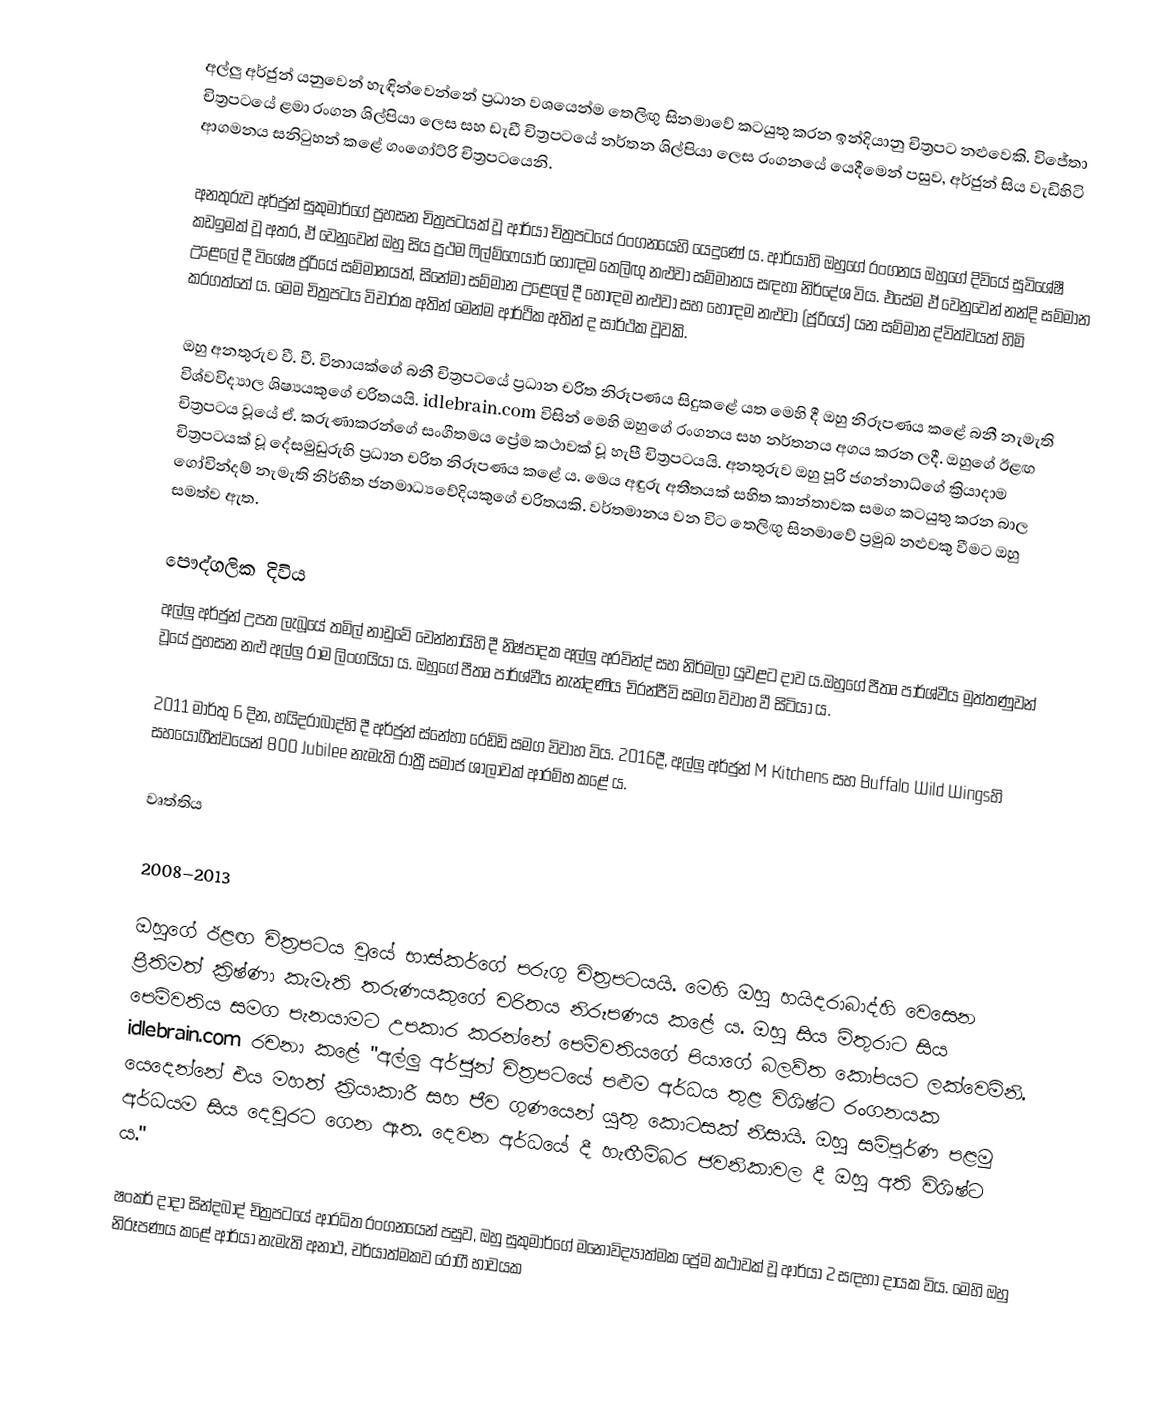
අල්ලු අර්ජුන් යනුවෙන් හැඳින්වෙන්නේ ප්‍රධාන වශයෙන්ම තෙලිඟු සිනමාවේ කටයුතු කරන ඉන්දියානු චිත්‍රපට නළුවෙකි. විජේතා චිත්‍රපටයේ ළමා රංගන ශිල්පියා ලෙස සහ ඩැඩී චිත්‍රපටයේ නර්තන ශිල්පියා ලෙස රංගනයේ යෙදීමෙන් පසුව, අර්ජුන් සිය වැඩිහිටි ආගමනය සනිටුහන් කළේ ගංගෝට්රි චිත්‍රපටයෙනි.

අනතුරුව අර්ජුන් සුකුමාර්ගේ ප්‍රහසන චිත්‍රපටයක් වූ ආර්යා චිත්‍රපටයේ රංගනයෙහි යෙදුණේ ය. ආර්යාහි ඔහුගේ රංගනය ඔහුගේ දිවියේ සුවිශේෂී කඩඉමක් වූ අතර, ඒ වෙනුවෙන් ඔහු සිය ප්‍රථම ෆිල්ම්ෆෙයාර් හොඳම තෙලිඟු නළුවා සම්මානය සඳහා නිර්දේශ විය. එසේම ඒ වෙනුවෙන් නන්දි සම්මාන උළෙලේ දී විශේෂ ජූරියේ සම්මානයත්, සිනේමා සම්මාන උළෙලේ දී හොඳම නළුවා සහ හොඳම නළුවා (ජූරියේ) යන සම්මාන ද්විත්වයත් හිමි කරගත්තේ ය. මෙම චිත්‍රපටය විචාරක අතින් මෙන්ම ආර්ථික අතින් ද සාර්ථක වූවකි.

ඔහු අනතුරුව වී. වී. විනායක්ගේ බනී චිත්‍රපටයේ ප්‍රධාන චරිත නිරූපණය සිදුකළේ යත මෙහි දී ඔහු නිරූපණය කළේ බනී නැමැති විශ්වවිද්‍යාල ශිෂ්‍යයකුගේ චරිතයයි. idlebrain.com විසින් මෙහි ඔහුගේ රංගනය සහ නර්තනය අගය කරන ලදී. ඔහුගේ ඊළඟ චිත්‍රපටය වූයේ ඒ. කරුණාකරන්ගේ සංගීතමය ප්‍රේම කථාවක් වූ හැපී චිත්‍රපටයයි. අනතුරුව ඔහු‍ පූරි ජගන්නාධ්ගේ ක්‍රියාදාම චිත්‍රපටයක් වූ දේසමුඩුරුහි ප්‍රධාන චරිත නිරූපණය කළේ ය. මෙය අඳුරු අතීතයක් සහිත කාන්තාවක සමග කටයුතු කරන බාල ගෝවින්දම් නැමැති නිර්භීත ජනමාධ්‍යවේදියකුගේ චරිතයකි. වර්තමානය වන විට තෙලිඟු සිනමාවේ ප්‍රමුඛ නළුවකු වීමට ඔහු සමත්ව ඇත.

පෞද්ගලික දිවිය
අල්ලු අර්ජුන් උපත ලැබූයේ තමිල් නාඩුවේ චෙන්නායිහි දී නිෂ්පාදක අල්ලු අරවින්ද් සහ නිර්මලා යුවළට දාව ය.ඔහුගේ පීතෘ පාර්ශ්වීය මුත්තණුවන් වූයේ ප්‍රහසන නළු අල්ලු රාම ලිංගයියා ය. ඔහුගේ පීතෘ පාර්ශ්වීය නැන්දණිය චිරන්ජීවි සමග විවාහ වී සිටියා ය.

2011 මාර්තු 6 දින, හයිදරාබාද්හි දී අර්ජුන් ස්නේහා රෙඩ්ඩි සමග විවාහ විය. 2016දී, අල්ලු අර්ජුන් M Kitchens සහ Buffalo Wild Wingsහි සහයෝගීත්වයෙන් 800 Jubilee නැමැති රාත්‍රී සමාජ ශාලාවක් ආරම්භ කළේ ය.

වෘත්තිය

2008–2013

ඔහුගේ ඊළඟ චිත්‍රපටය වූයේ භාස්කර්ගේ පරුගු චිත්‍රපටයයි. මෙහි ඔහු හයිදරාබාද්හි වෙසෙන ප්‍රීතිමත් ක්‍රිෂ්ණා කැමැති තරුණයකුගේ චරිතය නිරූපණය කළේ ය. ඔහු සිය මිතුරාට සිය පෙම්වතිය සමග පැනයාමට උපකාර කරන්නේ පෙම්වතියගේ පියාගේ බලව්ත කෝපයට ලක්වෙමිනි. idlebrain.com රචනා කළේ "අල්ලු අර්ජුන් චිත්‍රපටයේ පළුම අර්ධය තුළ විශිෂ්ට රංගනයක යෙදෙන්නේ එය මහත් ක්‍රියාකාරී සහ ජීව ගුණයෙන් යුතු කොටසක් නිසායි. ඔහු සම්පූර්ණ පළමු අර්ධයම සිය දෙවුරට ගෙන ඇත. දෙවන අර්ධයේ දී හැඟීම්බර ජවනිකාවල දී ඔහු අති විශිෂ්ට ය."

ෂංකර් දාදා සින්දබාද් චිත්‍රපටයේ ආරධිත රංගනයෙන් පසුව, ඔහු සුකුමාර්ගේ මනෝවිද්‍යාත්මක ප්‍රේම කථාවක් වූ ආර්යා 2 සඳහා දායක විය. මෙහි ඔහු නිරූපණය කළේ ආර්යා නැමැති අනාථ, චර්යාත්මකව රෝගී භාවයක